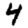
Digit: 4